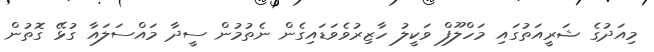
މިއަދުގެ ޝަރީއަތުގައި މަހްލޫފް ވަކީލު ހާޒިރުވެވަޑައިގެން ނެތުމުން ސީދާ މައްސަލައާ ގުޅޭ ގޮތުން